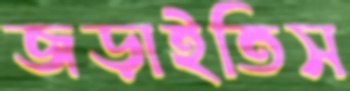
জড়াইতিস